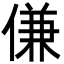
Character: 傔